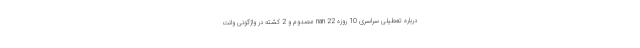
درباره تعطیلی سراسری 10 روزه nan 22 مصدوم و 2 کشته در واژگونی وانت